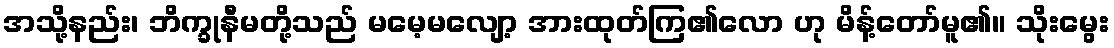
အသို့နည်း၊ ဘိက္ခုနီမတို့သည် မမေ့မလျော့ အားထုတ်ကြ၏လော ဟု မိန့်တော်မူ၏။ သိုးမွေး